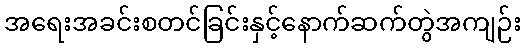
အရေးအခင်းစတင်ခြင်းနှင့်နောက်ဆက်တွဲအကျဉ်း